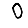
Digit: 0